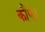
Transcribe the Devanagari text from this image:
कौए।